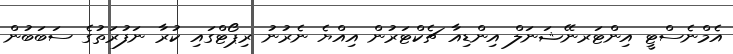
އެމްނެސްޓީ އިންޓަރނޭޝަނަލް އިންޑިއާ ޗެކްޓަރުން އިއްޔެ ނެރުނު ރިޕޯޓްގައި ކުރާ ނަފުރަތުގެ ސަބަބުން